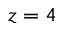
z = 4